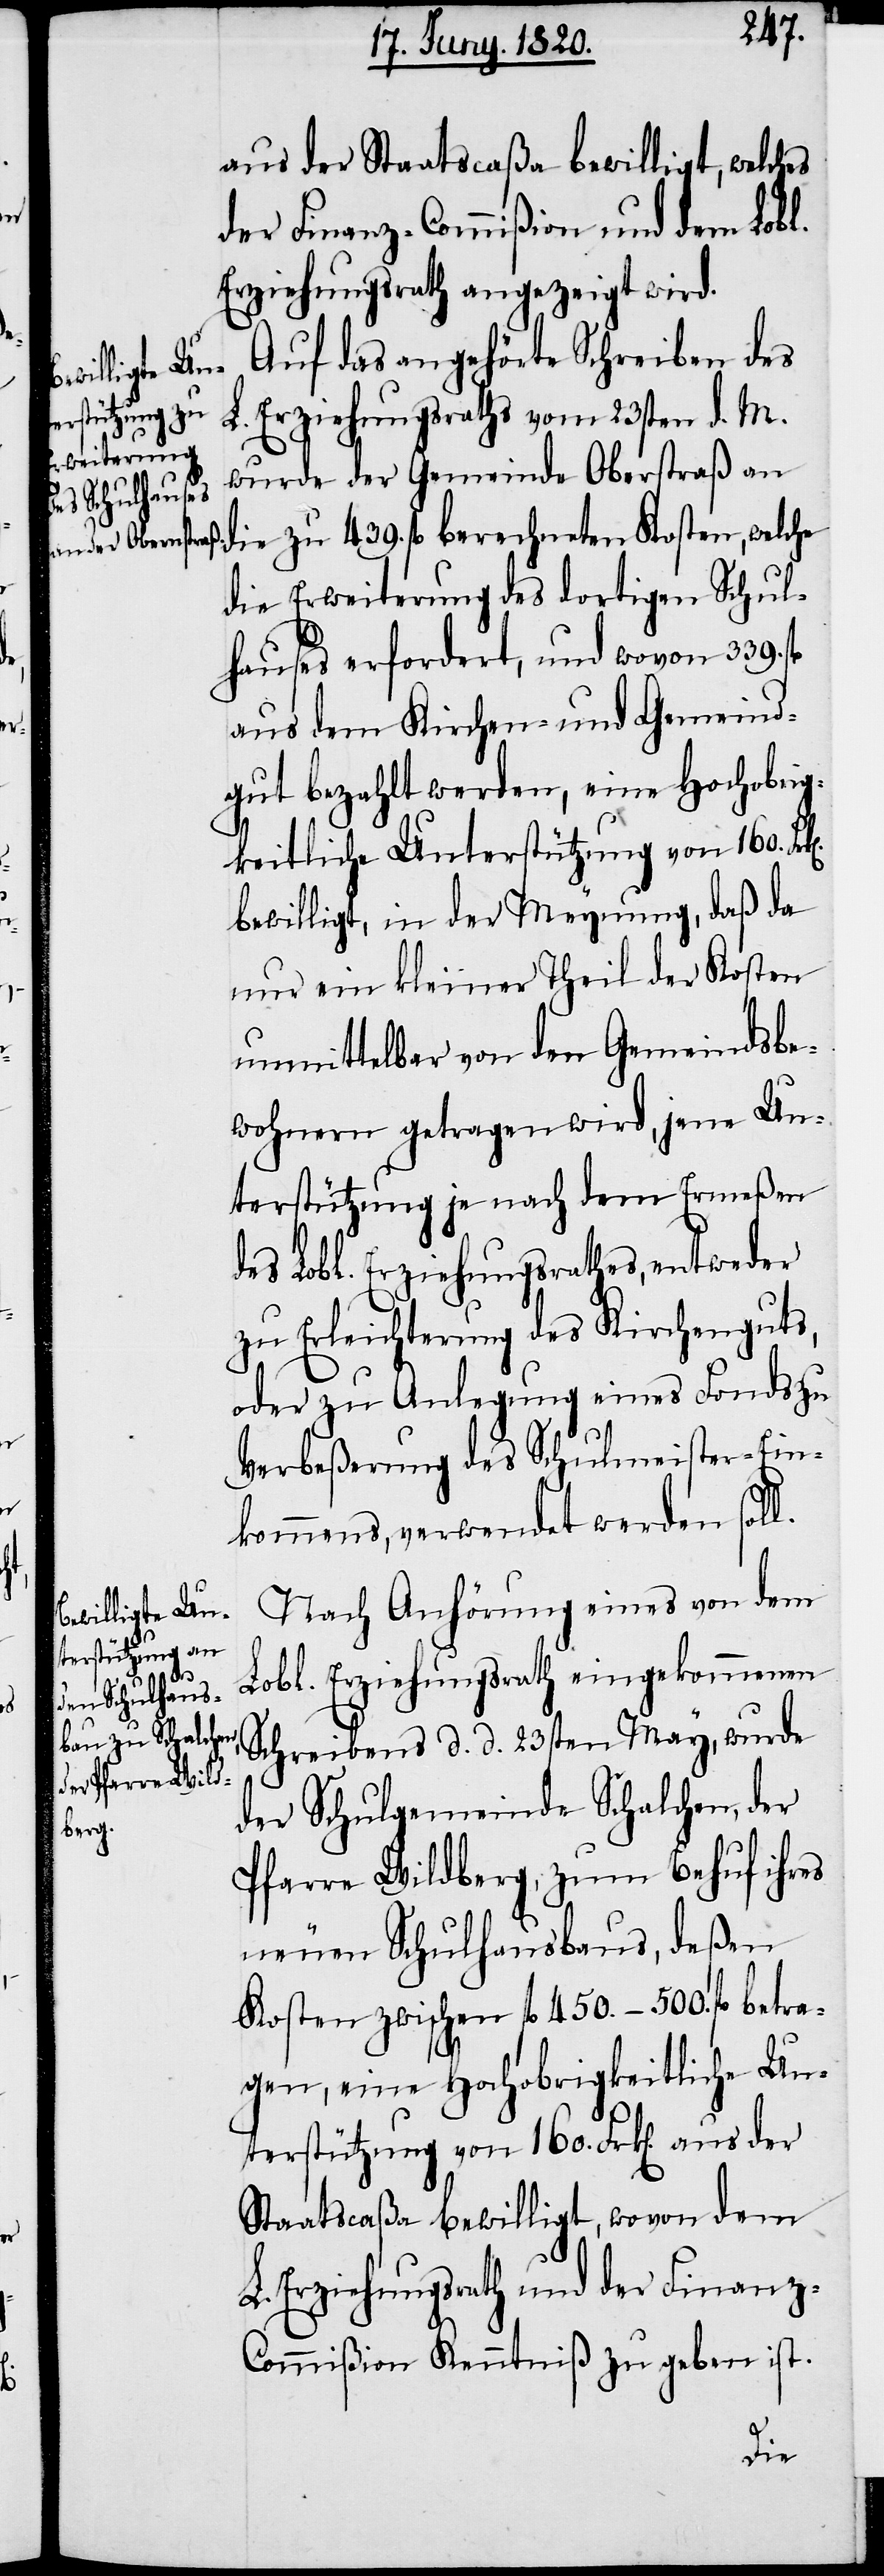
aus der Staatscaßa bewilligt, welches
der Finanz-Commiβion und dem Lobl.
Erziehungsrath angezeigt wird.
Auf das angehörte Schreiben des
Erziehungsraths vom 23sten d. M.
d.
wurde der Gemeinde Oberstraß an
die Erweiterung des dortigen Schul¬
hauses erfordert, und wovon 339. fl
aus dem Kirchen- und Gemeind¬
gut bezahlt werden, eine Hochobrig¬
keitliche Unterstützung von 160.
bewilligt, in der Meynung, daß da
nur ein kleiner Theil der Kosten
unmittelbar von der Gemeindsbe¬
wohnern getragen wird, jene Un¬
terstützung je nach dem Ermeßen
des Lobl. Erziehungsrathes entweder
zu Erleichterung des Kirchenguts,
oder zu Anlegung eines Fonds zu
Verbeßerung des Schulmeister-Ein¬
kommens, verwendet werden soll.
Nach Anhörung eines von dem
439.
Lobl. Erziehungsrath eingekommenen
Kosten, welche
der Schulgemeinde Schalchen, der
Pfarre Wildberg, zum Behuf ihres
neuen Schulhausbaus, deßen
Kosten zwischen fl 450.–500. fl betra¬
gen, eine Hochobrigkeitliche Un¬
terstützung von 160. Frk[en]. aus der
Staatscaßa bewilligt, wovon dem
L. Erziehungsrath und der Finanz-C¬
ommiβion Kenntniß zu geben ist.
die